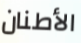
الأطنان